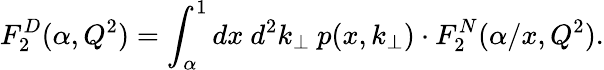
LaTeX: F_{2}^{D}(\alpha,Q^{2})=\int_{\alpha}^{1}dx{\ }{d^{2}}k_{\bot}\ p(x,k_{\bot})\cdot F_{2}^{N}(\alpha/x,Q^{2}).